Sanitation, dispensaries and jails vaccination Rajputana 1922-1927 - 1922-1927
Year: 1922
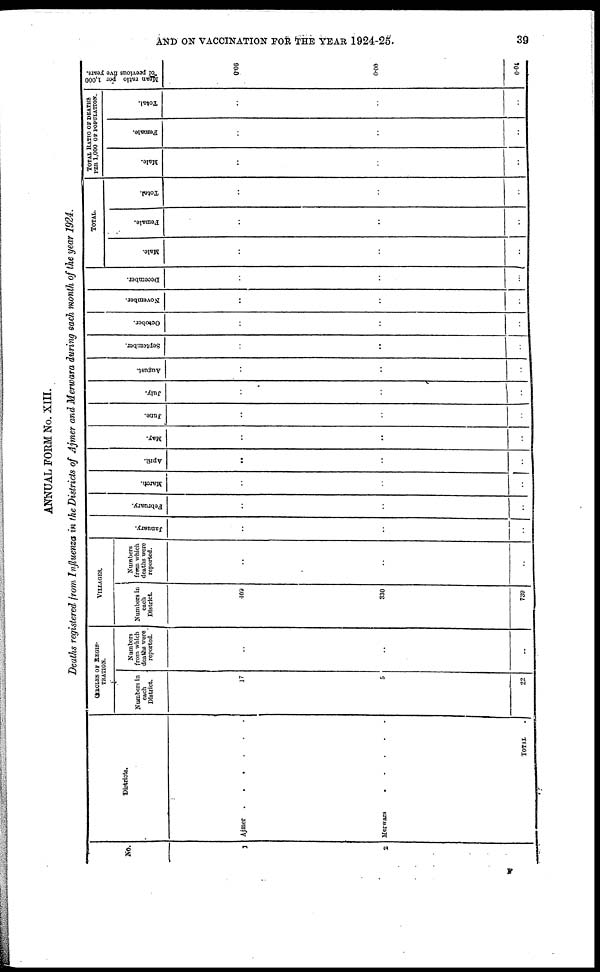
AND ON VACCINATION FOR THE YEAR 1924-25
39
ANNUAL FORM No. XIII.
Deaths registered from Influenza in the Districts of Ajmer and Merwara during
each month of the year 1924.
No.
1
2
Districts.
Ajmer
.
.
.
.
.
.
Merwars
.
.
.
.
.
TOTAL .
CIRCLES OF REGIS-
-------.
Numbers in
each
District.
17
5
22
Numbers
from which
deaths were
reported.
..
..
..
VILLAGES.
Numbers in
each
District.
409
330
739
Numbers
from which
deaths were
reported.
..
..
..
January.
..
..
..
February.
..
..
..
March.
..
..
..
April.
..
..
..
May.
..
..
..
June.
..
..
..
July.
..
..
..
August.
..
..
..
September.
..
..
..
October.
..
..
..
November.
..
..
..
December.
..
..
..
TOTAL.
Male.
..
..
..
Female.
..
..
..
Total.
..
..
..
TOTAL RATIO OF DEATHS
PER 1,000 OF POPULATION.
Male.
..
..
..
Female.
..
..
..
Total.
..
..
..
Mean ratio per 1,000
of previous five years.
0.06
0.00
0.04